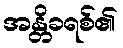
အန္တိခရစ်၏